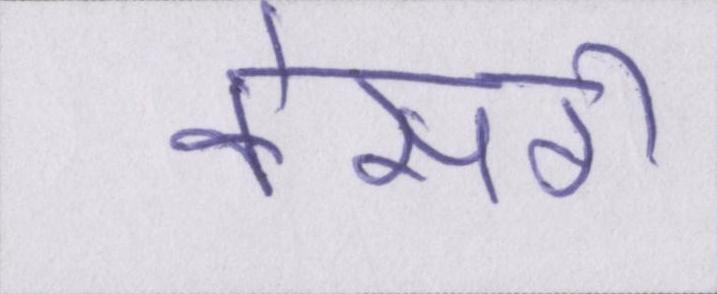
केसरी